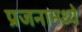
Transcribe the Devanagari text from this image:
प्रजनामध्ये